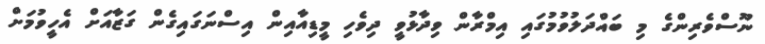
ނޫސްވެރިންގެ މި ބައްދަލުވުމުގައި އިމްރާން ވިދާޅުވީ ދިވެހި މީޑިއާއިން އިސްނަގައިގެން ގަޒާއަށް އެހީވުމަށް